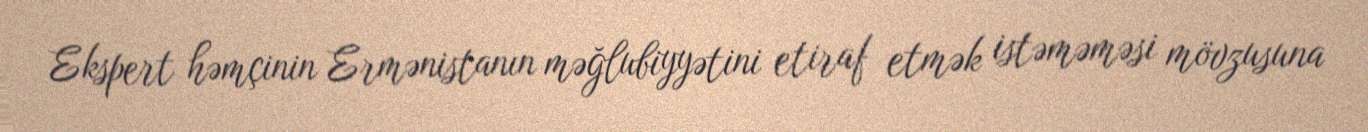
Ekspert həmçinin Ermənistanın məğlubiyyətini etiraf etmək istəməməsi mövzusuna